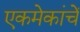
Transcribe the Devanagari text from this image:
एकमेकांचें